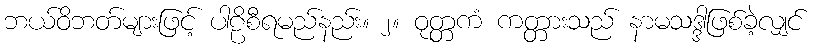
ဘယ်ဝိဘတ်များဖြင့် ပါဠိစီရမည်နည်း။ ၂။ ဝုတ္တကံ ကတ္တားသည် နာမသဒ္ဒါဖြစ်ခဲ့လျှင်